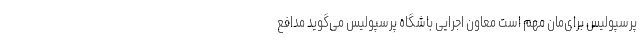
پرسپولیس برای‌مان مهم است معاون اجرایی باشگاه پرسپولیس می‌گوید مدافع